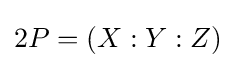
2P=(X:Y:Z)